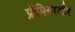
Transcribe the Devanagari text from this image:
प्रीमियरऔर